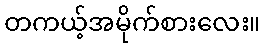
တကယ့်အမိုက်စားလေး။